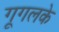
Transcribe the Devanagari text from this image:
गूगलके